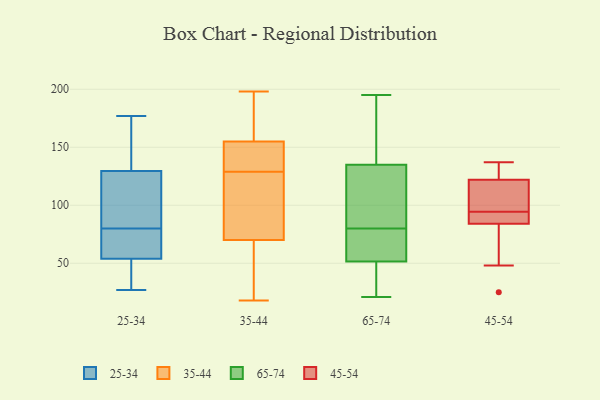
{"axis": {"x": "Revenue (USD Million)", "y": "Value"}, "legend": ["25-34", "35-44", "45-54", "65-74"], "data": [{"x": "", "y": 42, "type": "25-34"}, {"x": "", "y": 69, "type": "25-34"}, {"x": "", "y": 65, "type": "25-34"}, {"x": "", "y": 131, "type": "25-34"}, {"x": "", "y": 44, "type": "25-34"}, {"x": "", "y": 173, "type": "25-34"}, {"x": "", "y": 29, "type": "25-34"}, {"x": "", "y": 82, "type": "25-34"}, {"x": "", "y": 177, "type": "25-34"}, {"x": "", "y": 128, "type": "25-34"}, {"x": "", "y": 121, "type": "25-34"}, {"x": "", "y": 120, "type": "25-34"}, {"x": "", "y": 143, "type": "25-34"}, {"x": "", "y": 78, "type": "25-34"}, {"x": "", "y": 27, "type": "25-34"}, {"x": "", "y": 64, "type": "25-34"}, {"x": "", "y": 148, "type": "35-44"}, {"x": "", "y": 155, "type": "35-44"}, {"x": "", "y": 175, "type": "35-44"}, {"x": "", "y": 140, "type": "35-44"}, {"x": "", "y": 61, "type": "35-44"}, {"x": "", "y": 191, "type": "35-44"}, {"x": "", "y": 116, "type": "35-44"}, {"x": "", "y": 44, "type": "35-44"}, {"x": "", "y": 184, "type": "35-44"}, {"x": "", "y": 100, "type": "35-44"}, {"x": "", "y": 70, "type": "35-44"}, {"x": "", "y": 119, "type": "35-44"}, {"x": "", "y": 91, "type": "35-44"}, {"x": "", "y": 139, "type": "35-44"}, {"x": "", "y": 18, "type": "35-44"}, {"x": "", "y": 198, "type": "35-44"}, {"x": "", "y": 50, "type": "35-44"}, {"x": "", "y": 153, "type": "35-44"}, {"x": "", "y": 195, "type": "65-74"}, {"x": "", "y": 72, "type": "65-74"}, {"x": "", "y": 161, "type": "65-74"}, {"x": "", "y": 82, "type": "65-74"}, {"x": "", "y": 105, "type": "65-74"}, {"x": "", "y": 108, "type": "65-74"}, {"x": "", "y": 47, "type": "65-74"}, {"x": "", "y": 21, "type": "65-74"}, {"x": "", "y": 51, "type": "65-74"}, {"x": "", "y": 42, "type": "65-74"}, {"x": "", "y": 109, "type": "65-74"}, {"x": "", "y": 78, "type": "65-74"}, {"x": "", "y": 164, "type": "65-74"}, {"x": "", "y": 174, "type": "65-74"}, {"x": "", "y": 52, "type": "65-74"}, {"x": "", "y": 52, "type": "65-74"}, {"x": "", "y": 48, "type": "45-54"}, {"x": "", "y": 25, "type": "45-54"}, {"x": "", "y": 137, "type": "45-54"}, {"x": "", "y": 128, "type": "45-54"}, {"x": "", "y": 122, "type": "45-54"}, {"x": "", "y": 85, "type": "45-54"}, {"x": "", "y": 103, "type": "45-54"}, {"x": "", "y": 98, "type": "45-54"}, {"x": "", "y": 91, "type": "45-54"}, {"x": "", "y": 84, "type": "45-54"}]}